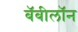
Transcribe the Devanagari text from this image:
बॅबीलॉन